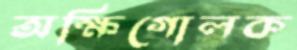
অক্ষিগোলক